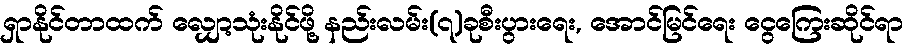
ရှာနိုင်တာထက် လျှော့သုံးနိုင်ဖို့ နည်းလမ်း(၇)ခုစီးပွားရေး, အောင်မြင်ရေး ငွေကြေးဆိုင်ရာ